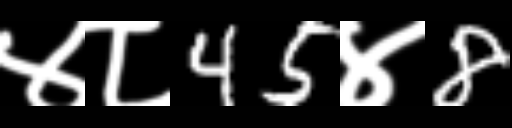
Text: ४८45४8